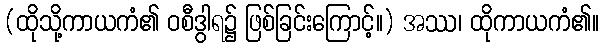
(ထိုသို့ကာယကံ၏ ဝစီဒွါရ၌ ဖြစ်ခြင်းကြောင့်။) အဿ၊ ထိုကာယကံ၏။